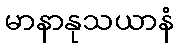
မာနာနုသယာနံ